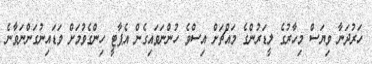
ހަރުދަނާ ވިޔަސް މިހާރުގެ ލީޑަރުންގެ މައްޗަށް އިސްވެ ހުންނަވައިގެން އެޕާޓީ ހިންގެވުމަށް ވަޑައިނުގަންނަވާނެ